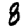
Digit: 8